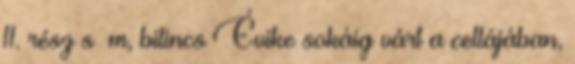
11. rész s m, bilincs Évike sokáig várt a cellájában,